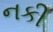
નકી